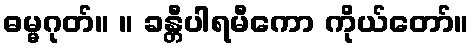
ဓမ္မဂုတ်။ ။ ခန္တီပါရမီကော ကိုယ်တော်။